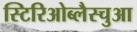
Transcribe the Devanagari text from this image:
स्टिरिओब्लैस्चुआ